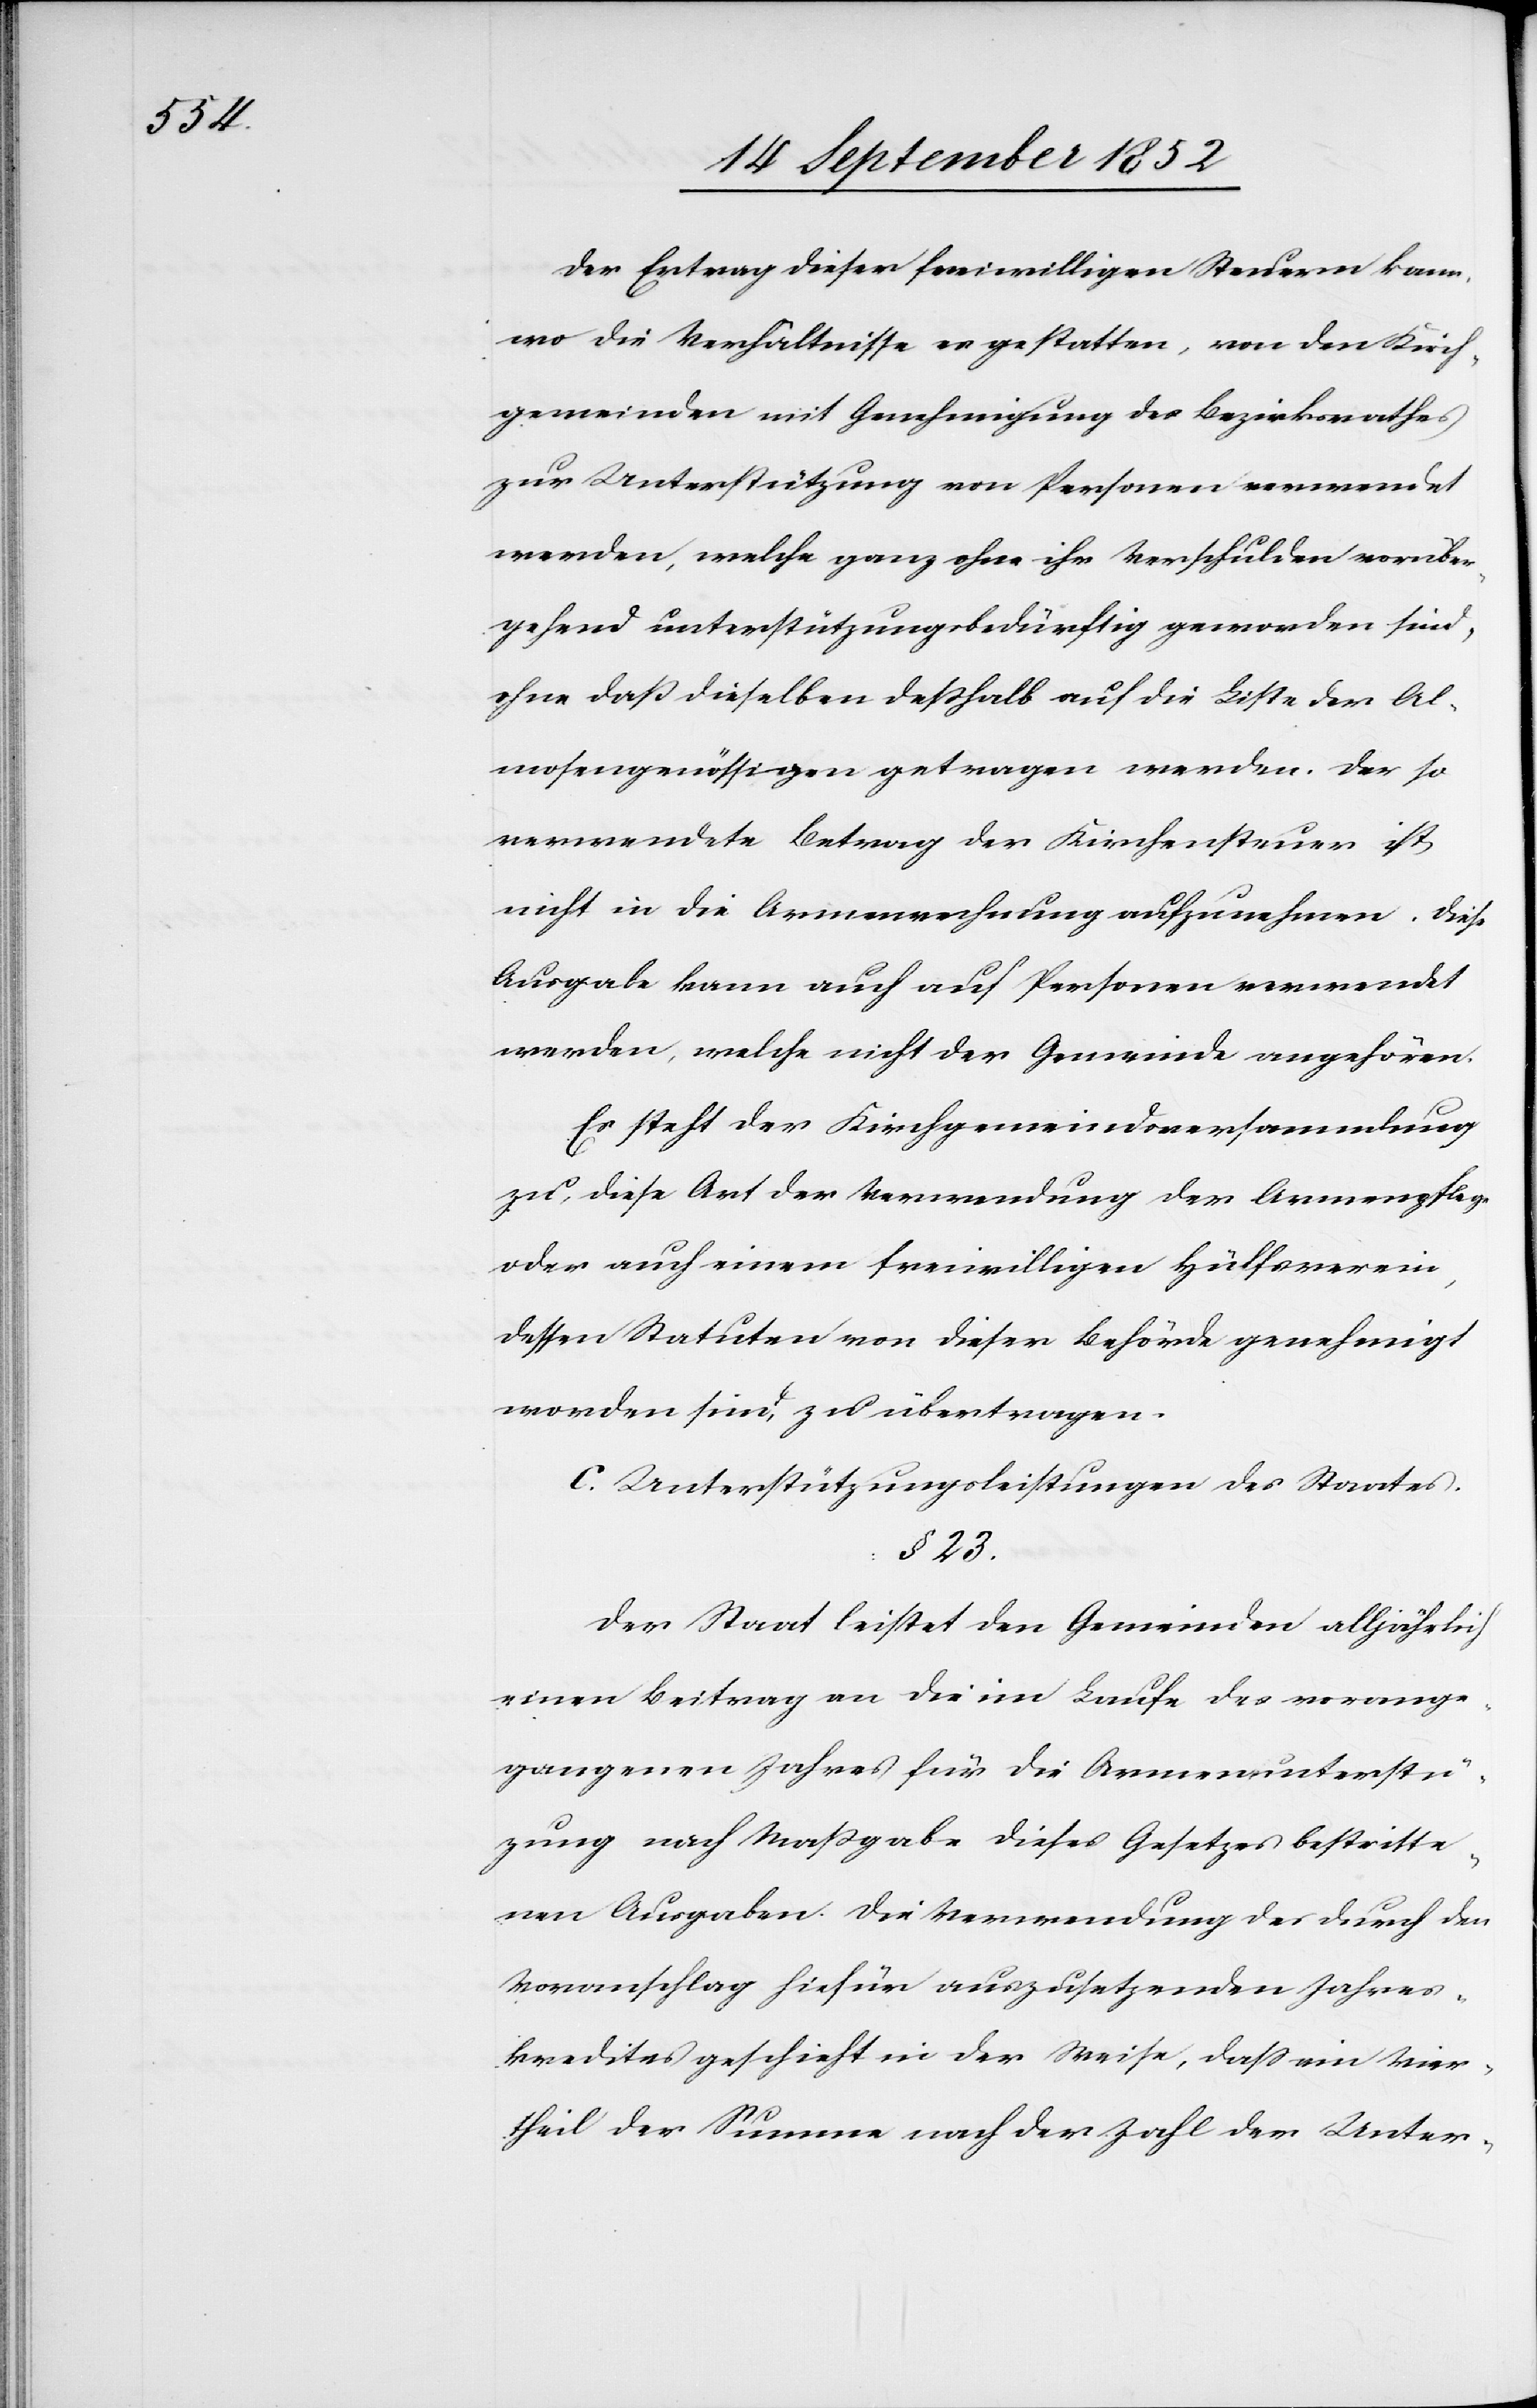
Der Ertrag dieser freiwilligen Steuern kann,
wo die Verhältnisse es gestatten, von den Kirch¬
gemeinden mit Genehmigung des Bezirksrathes
zur Unterstützung von Personen verwendet
werden, welche ganz ohne ihr Verschulden vorüber¬
gehend unterstützungsbedürftig geworden sind,
ohne daß dieselben desshalb auf die Liste der Al¬
mosengenössigen getragen werden. Der so
verwendete Betrag der Kirchensteuer ist
nicht in die Armenrechnung aufzunehmen. Diese
Ausgabe kann auch auf Personen verwendet
werden, welche nicht der Gemeinde angehören.
Es steht der Kirchgemeindsversammlung
zu, diese Art der Verwendung der Armenpflege
oder auch einem freiwilligen Hülfsverein,
dessen Statuten von dieser Behörde genehmigt
worden sind, zu übertragen.
c. Unterstützungsleistungen des Staates.
§ 23.
Der Staat leistet den Gemeinden alljährlich
einen Beitrag an die im Laufe des vorange¬
gangenen Jahres für die Armenunterstü[t]z¬
ung nach Maßgabe dieses Gesetzes bestritte¬
nen Ausgaben. Die Verwendung des durch den
Voranschlag hiefür auszusetzenden Jahres¬
kredites geschieht in der Weise, dass ein Vier¬
theil der Summe nach der Zahl der Unter-